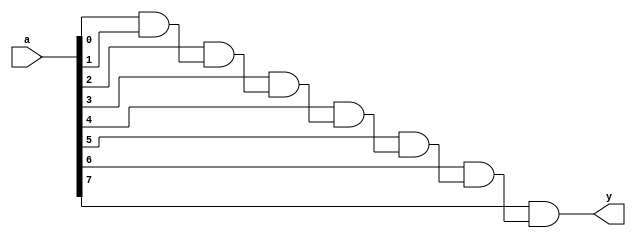
module and_or_array
# (parameter width = 8, sel=1) /*Parameter permite la parametrizacin del modulo, donde se asigna el nombre y tamao.*/


(input [width-1:0] a,  /*declaracin de entradas y salidas*/ 
output y);


genvar i;
wire [width-1:1] x;

generate    /*Proporciona datos para producir una determinada cantidad de variables de hardware en funcin del valor de un parmetro.*/
		
		if (sel==1)
			for (i=1; i<width; i=i+1) begin:forloop
				if (i == 1)
					assign x[1] = a[0] & a[1];
				else
					assign x[i] = a[i] & x[i-1];
			end
		else
			for (i=1; i<width; i=i+1) begin:forloop
				if (i == 1)
					assign x[1] = a[0] | a[1];
				else
					assign x[i] = a[i] | x[i-1];
			end
endgenerate

	assign y = x[width-1];

endmodule